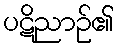
ပဋိညာဉ်၏